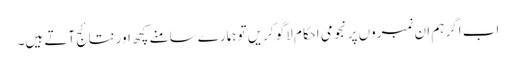
اب اگر ہم ان نمبروں پر نجومی احکام لاگو کریں تو ہمارے سامنے کچھ اور نتائج آتے ہیں۔